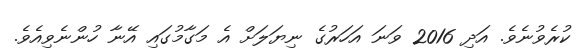
ކުރެވުނެވެ. އަދި 2016 ވަނަ އަހަރުގެ ނިޔަލަށް އެ މަގާމުގައި އޭނާ ހުންނެވިއެވެ.